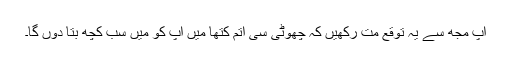
آپ مجھ سے یہ توقع مت رکھیں کہ چھوٹی سی آتم کتھا میں آپ کو میں سب کچھ بتا دوں گا۔